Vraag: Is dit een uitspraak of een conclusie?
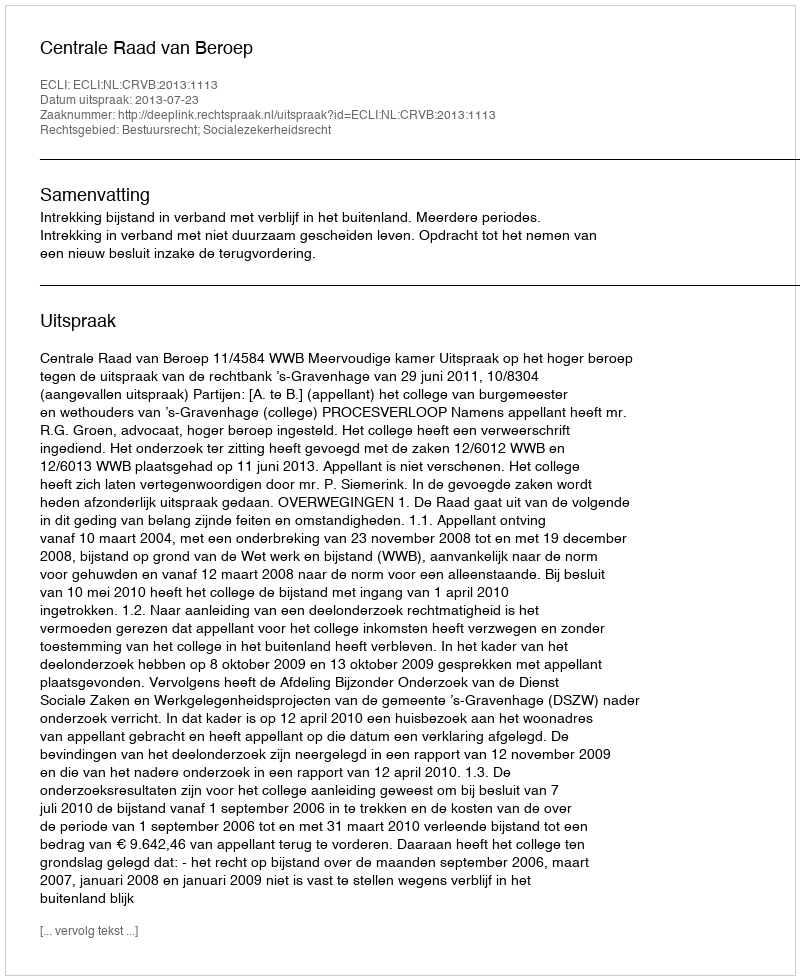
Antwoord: Uitspraak